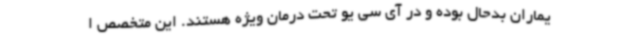
یماران بدحال بوده و در آی سی یو تحت درمان ویژه هستند. این متخصص ا